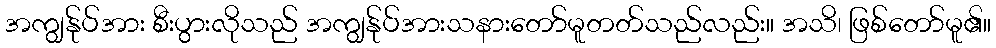
အကျွန်ုပ်အား စီးပွားလိုသည် အကျွန်ုပ်အားသနားတော်မူတတ်သည်လည်း။ အသိ၊ ဖြစ်တော်မူ၏။